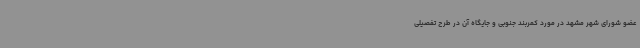
عضو شورای شهر مشهد در مورد کمربند جنوبی و جایگاه آن در طرح تفصیلی